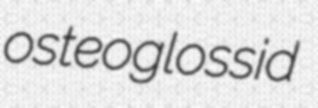
osteoglossid